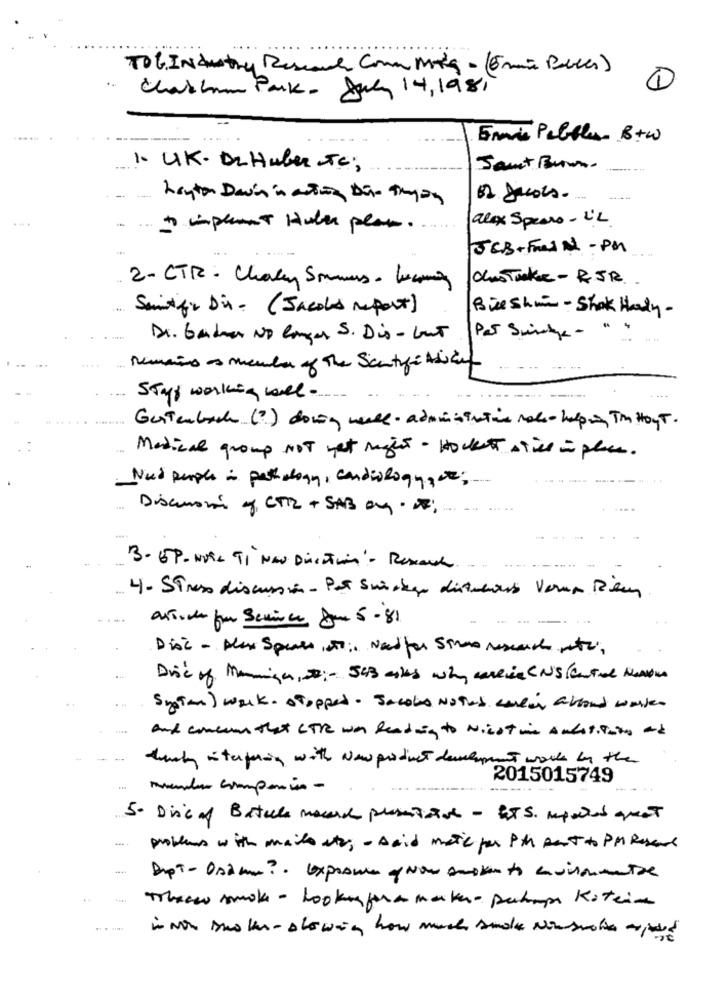
TOG Industry Rescare Com More - (5 min Belles)
1
Charbon Park- July 14, 1981
Email Pebbles B+w
1. UK. DrHuber Te;
Samt Bunn.
hayton Davin in action Die Doyon
alex Spears - L'L
- spannt Hole pean.
JCB + Fresh - PM
2- CTR - Chavey Sommers - lusing
Chas Take - RJR.
Saintifir Dir . (Jacobs report)
Bishin - Shok Hardy-
Di. Gardner No longer S. Dis- but
Par Sminke - "
Remains as member of The Scentzé Asset
Styp working wel -
Gestenbach ( ?) doing well - administration mate- helpin The Hot.
Medical group NOT yet might . Hocket stice in place.
Nud people is pathology, cardiology,ce;
Discusión y, CTRL + SAB OM . DE;
3. GP - NUTS TI New Direction'- Resach.
4- Stress discussion- Par Suisegu distrauss Verun Peu
Aktive for Scuince Due 5-81
Disc - Alex Spears,00; Nadfer Stroo research etzi,
Drie of Manninga, # :- 543 miles why werein UNScented Menor
System ) work . stopped . Jacobo Notas wellas alland wasser
and consume that CTR was Reading to Nicstin Andatiting and
thanky interfering with New product development works by the
2015015749
member companion -
...
5. Disc of Batalla mouch presentant - BTS. mpweb quest
problems with mails at; - said matic par Pth pant to PM Resend
Threw smoke - looking fora maker- parkampe Kotein
in non suo the- showing how much sude Nousvain apart